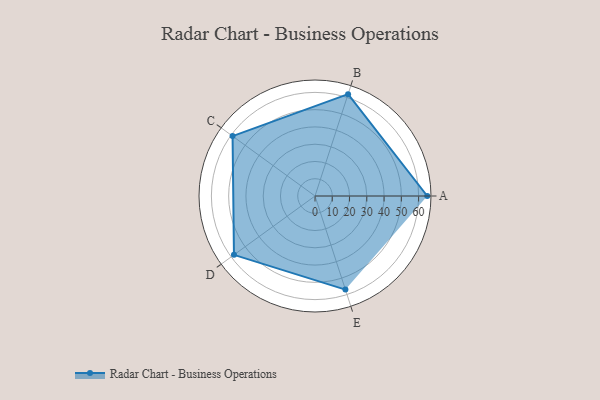
{"axis": {"x": "Skill", "y": "Score"}, "legend": ["Profile"], "data": [{"x": "A", "y": 65.0, "type": "Profile"}, {"x": "B", "y": 62.0, "type": "Profile"}, {"x": "C", "y": 59.0, "type": "Profile"}, {"x": "D", "y": 58.0, "type": "Profile"}, {"x": "E", "y": 57.0, "type": "Profile"}]}